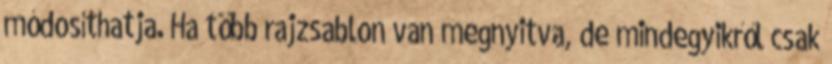
módosíthatja. Ha több rajzsablon van megnyitva, de mindegyikről csak